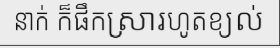
នាក់ ក៏ផឹកស្រារហូតខ្យល់